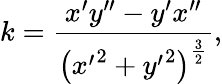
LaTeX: k={\frac{x^{\prime}y^{\prime\prime}-y^{\prime}x^{\prime\prime}}{\left({x^{\prime}}^{2}+{y^{\prime}}^{2}\right)^{\frac{3}{2}}}},